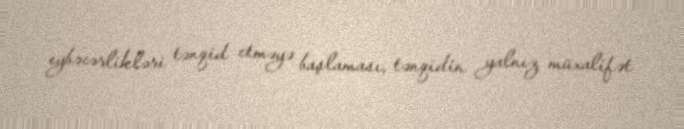
eybəcərlikləri tənqid etməyə başlaması, tənqidin yalnız müxalifət